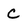
Character: C